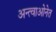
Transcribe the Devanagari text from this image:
अन्त्वाओनेत